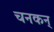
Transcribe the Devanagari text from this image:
चनकन्